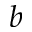
b